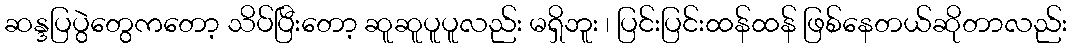
ဆန္ဒပြပွဲတွေကတော့ သိပ်ပြီးတော့ ဆူဆူပူပူလည်း မရှိဘူး ၊ ပြင်းပြင်းထန်ထန် ဖြစ်နေတယ်ဆိုတာလည်း